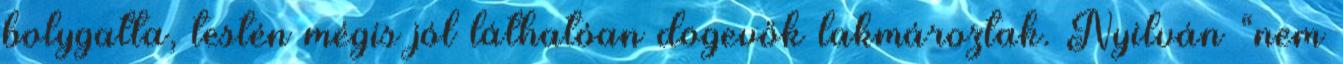
bolygatta, testén mégis jól láthatóan dögevők lakmároztak. Nyilván “nem